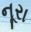
નૂરા